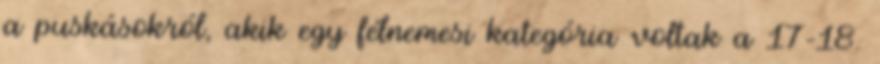
a puskásokról, akik egy félnemesi kategória voltak a 17–18.